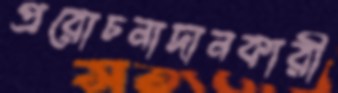
প্ররোচনাদানকারী